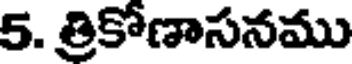
5. త్రికోణాసనము